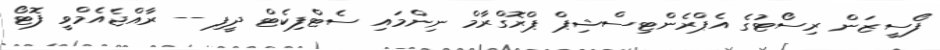
ފޯސީޒަން ރިސޯޓުގެ އެޕްރެންޓިސްޝިޕް ޕްރޮގްރާމް ނިންމައި ސެޓްފިކެޓް ދީފި -- ރާއްޖެއެމްވީ ފޮޓޯ